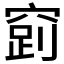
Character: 𮄉